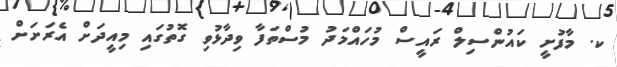
ކ. މާފުށީ ކައުންސިލް ރައީސް މުހައްމަދު މުސްތަފާ ވިދާޅުވި ގޮތުގައި މިއީދަށް އެރަށަށް